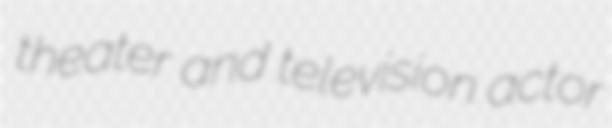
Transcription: theater and television actor